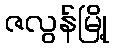
ဇလွန်မြို့